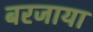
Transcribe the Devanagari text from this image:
बरजाया